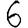
Digit: 6